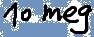
Text: 10 meg